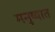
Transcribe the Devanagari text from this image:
मनुष्यात